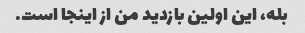
بله، این اولین بازدید من از اینجا است.